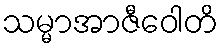
သမ္မာအာဇီဝေါတိ